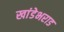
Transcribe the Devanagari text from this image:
खांडेभराड